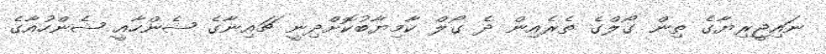
ނައިޖީރިޔާގެ ތިން ގޯލްގެ ތެރެއިން ދެ ގޯލް ކާމިޔާބުކޮށްދިނީ ޗައިނާގެ ޝެންހާއީ ޝެންހުއާގެ